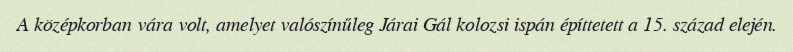
A középkorban vára volt, amelyet valószínűleg Járai Gál kolozsi ispán építtetett a 15. század elején.